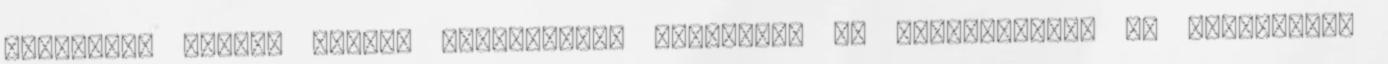
Dolgozott számos helyen Ausztriától Norvégián át Shanghai-ig, de megfordult